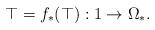
LaTeX: \begin{align*}\top = f_\ast (\top) : 1 \rightarrow \Omega_\ast.\end{align*}